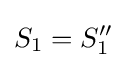
S_{1}=S_{1}''